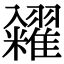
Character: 糴